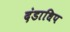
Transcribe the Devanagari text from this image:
दंडाधिप